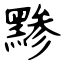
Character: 黪